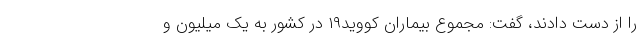
را از دست دادند، گفت: مجموع بیماران کووید۱۹ در کشور به یک میلیون و